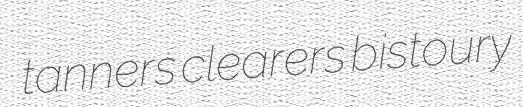
tanners clearers bistoury